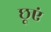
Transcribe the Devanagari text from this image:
छूएं